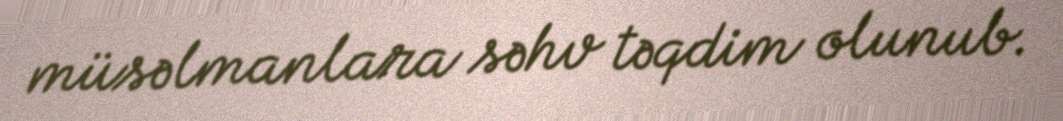
müsəlmanlara səhv təqdim olunub.